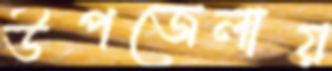
উপজেলায়